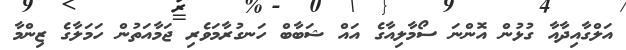
އަލްގާއިދާއާ ގުޅުން އޮންނަ ސޯމާލިއާގެ އައް ޝަބާބް ހަނގުރާމަވެރި ޖަމާއަތުން ހަމަލާގެ ޒިންމާ